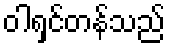
ဝါရှင်တန်သည်